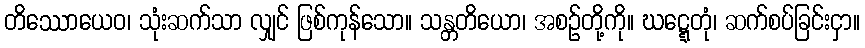
တိဿောယေဝ၊ သုံးဆက်သာ လျှင် ဖြစ်ကုန်သော။ သန္တတိယော၊ အစဉ်တို့ကို။ ဃဋ္ဋေတုံ၊ ဆက်စပ်ခြင်းငှာ။